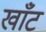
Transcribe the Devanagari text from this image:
खाँट